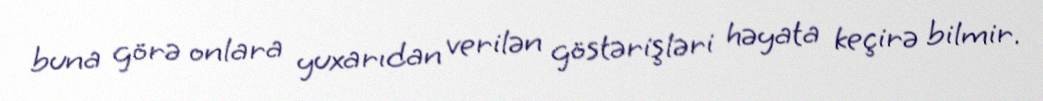
buna görə onlara yuxarıdan verilən göstərişləri həyata keçirə bilmir.